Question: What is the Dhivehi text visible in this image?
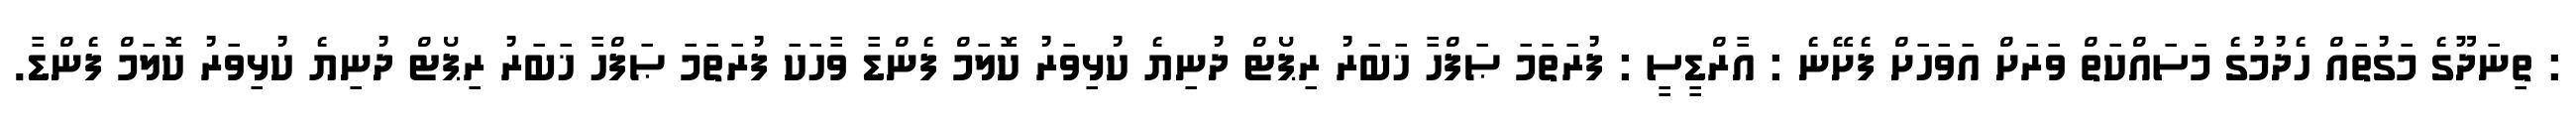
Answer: : ތިނަދޫގެ މަގުތައް ހެދުމުގެ މަސައްކަތް ވަރަށް އަވަހަށް ފެށޭނެ : އާރްޑީސީ : ފުރަތަމަ ޞަފްހާ ޚަބަރު ރިޕޯޓް ދުނިޔެ ކުޅިވަރު ކޮލަމް ފެންޑާ ވާހަކަ ފުރަތަމަ ޞަފްހާ ޚަބަރު ރިޕޯޓް ދުނިޔެ ކުޅިވަރު ކޮލަމް ފެންޑާ.